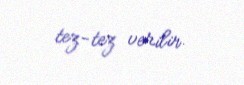
tez-tez verilir.